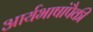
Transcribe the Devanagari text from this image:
आर्यभाषांपैकी